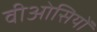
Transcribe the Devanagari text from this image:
वीओसियों